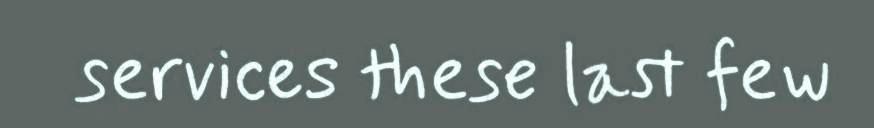
services these last few